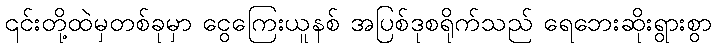
၎င်းတို့ထဲမှတစ်ခုမှာ ငွေကြေးယူနစ် အပြစ်ဒုစရိုက်သည် ရေဘေးဆိုးရွားစွာ